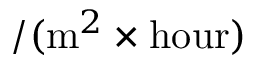
/ ( \mathrm { m } ^ { 2 } \times \mathrm { h o u r } )